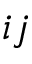
i j